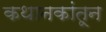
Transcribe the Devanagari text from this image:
कथानकांतून